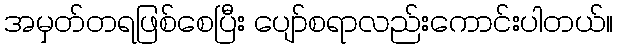
အမှတ်တရဖြစ်စေပြီး ပျော်စရာလည်းကောင်းပါတယ်။